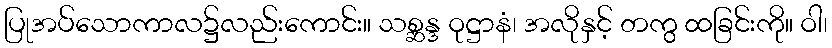
ပြုအပ်သောကာလ၌လည်းကောင်း။ သစ္ဆန္ဒ ဝုဋ္ဌာနံ၊ အလိုနှင့် တကွ ထခြင်းကို။ ဝါ၊